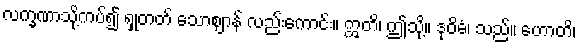
လက္ခဏာသို့ကပ်၍ ရှုတတ် သောဈာန် လည်းကောင်း။ ဣတိ၊ ဤသို့။ ဒုဝိဓံ၊ သည်။ ဟောတိ၊